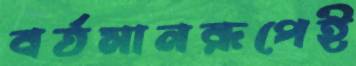
বর্তমানরূপেই